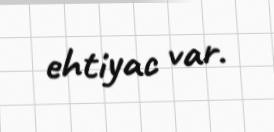
ehtiyac var.